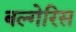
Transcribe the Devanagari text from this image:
बल्गेरिस